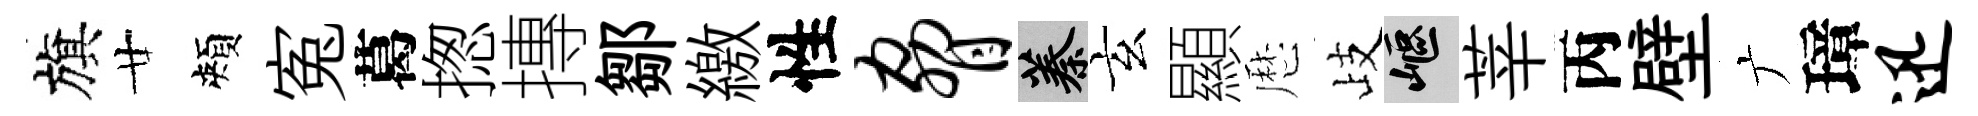
旗廿頰寃葛揔摶鄒繳性胁蓁玄顯厯歧嶇莘丙壁广璋迅